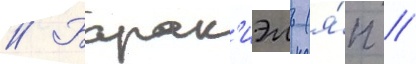
// Барак'иэль (я́п //